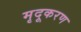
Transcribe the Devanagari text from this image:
मृदूकरण